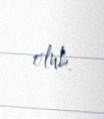
olub.